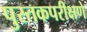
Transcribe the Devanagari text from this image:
पुस्तकपरीक्षणे